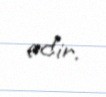
edir.